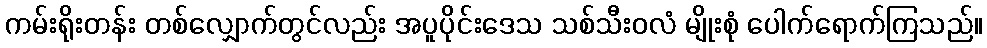
ကမ်းရိုးတန်း တစ်လျှောက်တွင်လည်း အပူပိုင်းဒေသ သစ်သီးဝလံ မျိုးစုံ ပေါက်ရောက်ကြသည်။